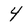
Character: 4